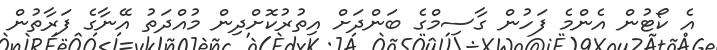
އެ ކޯޓުން އެންމެ ފަހުން ގާސިމްގެ ބަންދަށް އިތުރުކޮށްދިން މުއްދަތު އޭނާގެ ފަރާތުން